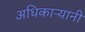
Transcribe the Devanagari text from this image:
अधिकाऱ्यानी